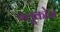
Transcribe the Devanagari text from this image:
ग्‍लूकोज